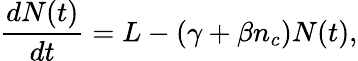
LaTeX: \frac{dN(t)}{dt}=L-\left(\gamma+\beta n_{c}\right)N(t),